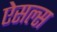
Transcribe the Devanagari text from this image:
ऐसल्स